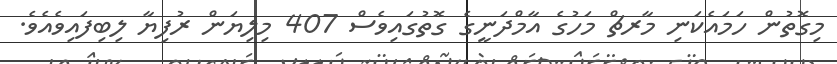
މިގޮތުން ހަމައެކަނި މާރޗް މަހުގެ އާމްދަނީގެ ގޮތުގައިވެސް 407 މިލިޔަން ރުފިޔާ ލިބިފައިވެއެވެ.